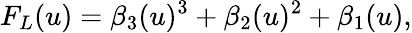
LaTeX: F_{L}(u)=\beta_{3}(u)^{3}+\beta_{2}(u)^{2}+\beta_{1}(u),